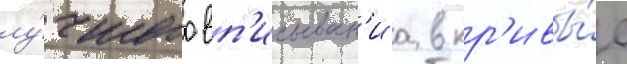
лу́чшего вп'исыван'иа в кр'ивы́е